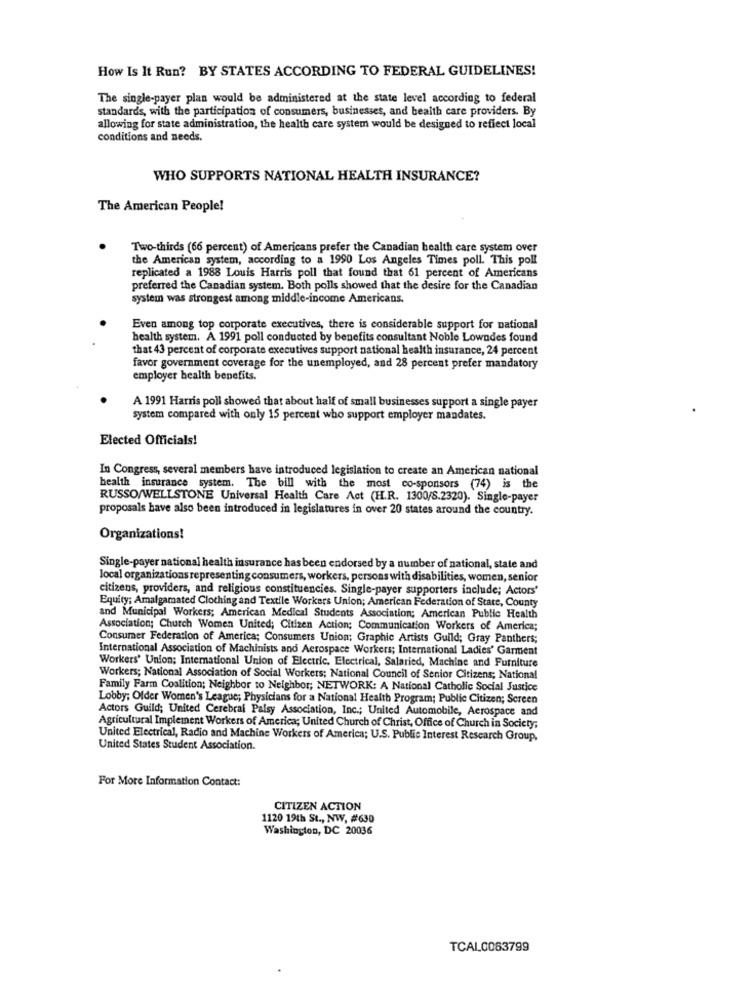
How Is It Run? BY STATES ACCORDING TO FEDERAL GUIDELINES!
The single-payer plan would be administered at the state level according to federal
standards, with the participation of consumers, businesses, and health care providers. By
allowing for state administration, the health care system would be designed to reflect local
conditions and needs.
WHO SUPPORTS NATIONAL HEALTH INSURANCE?
The American People!
Two-thirds (66 percent) of Americans prefer the Canadian health care system over
the American system, according to a 1990 Los Angeles Times poll. This poll
replicated a 1988 Louis Harris poll that found that 61 percent of Americans
preferred the Canadian system. Both polls showed that the desire for the Canadian
system was strongest among middle-income Americans.
Even among top corporate executives, there is considerable support for national
health system. A 1991 poll conducted by benefits consultant Noble Lowndes found
that 43 percent of corporate executives support national health insurance, 24 percent
favor government coverage for the unemployed, and 28 percent prefer mandatory
employer health benefits.
A 1991 Harris poll showed that about half of small businesses support a single payer
system compared with only 15 percent who support employer mandates.
Elected Officials!
In Congress, several members have introduced legislation to create an American national
health insurance system. The bill with the most co-sponsors (74) is the
RUSSO/WELLSTONE Universal Health Care Act (H.R. 1300/S.2320). Single-payer
proposals have also been introduced in legislatures in over 20 states around the country.
Organizations!
Single-payer national health insurance has been endorsed by a number of national, state and
local organizations representing consumers, workers, persons with disabilities, women, senior
citizens, providers, and religious constituencies. Single-payer supporters include; Actors'
Equity; Amalgamated Clothing and Textile Workers Union; American Federation of State, County
and Municipal Workers; American Medical Students Association; American Public Health
Association; Church Women United; Citizen Action; Communication Workers of America;
Consumer Federation of America; Consumers Union; Graphic Artists Guild; Gray Panthers;
International Association of Machinists and Aerospace Workers; International Ladies' Garment
Workers' Union; International Union of Electric, Electrical, Salaried, Machine and Furniture
Workers; National Association of Social Workers; National Council of Senior Citizens; National
Family Farm Coalition; Neighbor to Neighbor; NETWORK: A National Catholic Social Justice
Lobby; Older Women's League; Physicians for a National Health Program; Public Citizen; Screen
Actors Guild; United Cerebral Palsy Association, Inc .; United Automobile, Aerospace and
Agricultural Implement Workers of America; United Church of Christ, Office of Church in Society;
United Electrical, Radio and Machine Workers of America; U.S. Public Interest Research Group,
United States Student Association.
For More Information Contact:
CITIZEN ACTION
1120 19th St ., NW, #630
Washington, DC 20036
TCAL.0063799